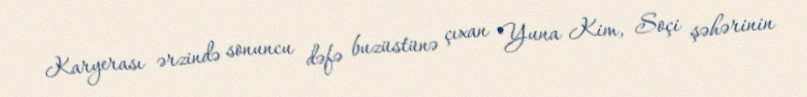
Karyerası ərzində sonuncu dəfə buzüstünə çıxan Yuna Kim, Soçi şəhərinin